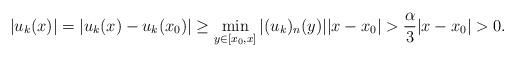
LaTeX: \begin{align*}|u_k(x)|=|u_k(x)-u_k(x_0)|\geq\min_{y\in[x_0,x]}|(u_k)_n(y)||x-x_0|>\dfrac{\alpha}{3}|x-x_0|>0.\end{align*}